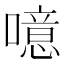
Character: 噫